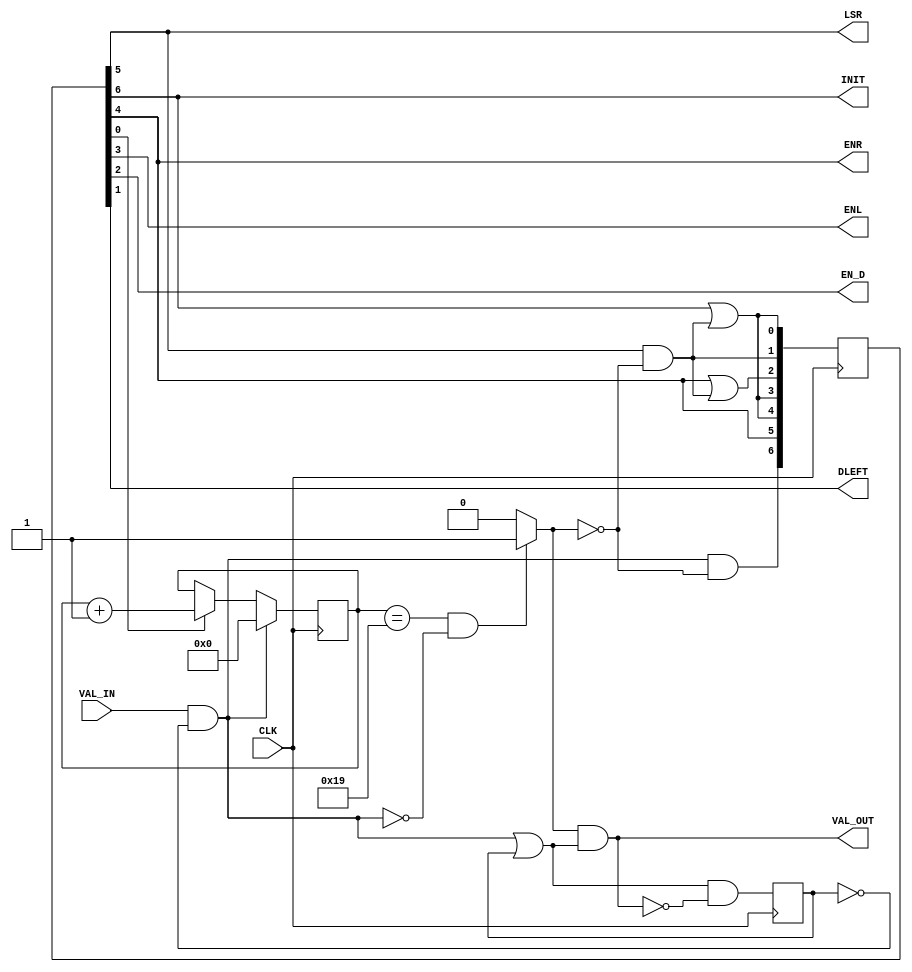
/****************************************************************************
sbd_sqrt_fp_state_mach

- state machine for sbd_sqrt_fp32

Copyright (C) 2005 Samuel Brown 
sam.brown@sbdesign.org

This library is free software; you can redistribute it and/or
modify it under the terms of the GNU Lesser General Public
License as published by the Free Software Foundation; either
version 2.1 of the License, or (at your option) any later version.

This library is distributed in the hope that it will be useful,
but WITHOUT ANY WARRANTY; without even the implied warranty of
MERCHANTABILITY or FITNESS FOR A PARTICULAR PURPOSE.  See the GNU
Lesser General Public License for more details.

You should have received a copy of the GNU Lesser General Public
License along with this library; if not, write to the Free Software
Foundation, Inc., 51 Franklin St, Fifth Floor, Boston, MA  02110-1301  USA

****************************************************************************/


module sbd_sqrt_fp_state_mach ( CLK,VAL_IN,INIT,LSR,ENR,ENL,EN_D,DLEFT,VAL_OUT );
    
parameter termval = 25;    
    
input CLK;
input VAL_IN;
output wire INIT;
output wire LSR;
output wire ENR;
output wire ENL;
output wire EN_D;
output wire DLEFT;
output wire VAL_OUT;

wire  begPulse;
reg   terminate;
reg   [6:0] currentState;
wire  [6:0] nextState;
reg   [5:0] countValue;

reg val_state_reg;
wire active;

initial
begin
   currentState = 0;
   countValue = 0;
   val_state_reg = 0;
end

assign INIT = currentState[6];
assign LSR = currentState[5];
assign ENR = currentState[4];
assign ENL = currentState[3];
assign EN_D = currentState[2];
assign DLEFT = currentState[1];

assign nextState[6] = begPulse & ~terminate;
assign nextState[5] = currentState[4];  // 31 or 25
assign nextState[4] = currentState[6] | (currentState[5] & ~terminate);
assign nextState[3] = currentState[6] | (currentState[5] & ~terminate);
assign nextState[2] = currentState[4] | (currentState[5] & ~terminate);
assign nextState[1] = currentState[5] & ~terminate;
assign nextState[0] = currentState[6] | (currentState[5] & ~terminate);

always @ (posedge CLK)
begin:sqrtcount
   if(begPulse) countValue <= 0;
   else if(currentState[0]) countValue <= countValue + 1;
end

always @ (posedge CLK)
begin:stateReg
   currentState <= nextState;
end

always @*
begin:termassign
   if((countValue == termval) && ~begPulse) terminate = 1;
   else terminate = 0;
end

//assign terminate = (countValue[4] & countValue[3] & ~countValue[2] & ~countValue[1] & countValue[0]) & ~begPulse; 

//------------------- val in and out states ---------------------

always @ (posedge CLK)
begin:val_state_register
   val_state_reg <= active & ~VAL_OUT;
end

assign begPulse = VAL_IN & ~val_state_reg;
assign active = begPulse | val_state_reg;
assign VAL_OUT = terminate & active;

endmodule